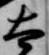
太